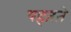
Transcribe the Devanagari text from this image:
पहऩऩे